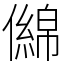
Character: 㒙